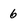
Character: 6